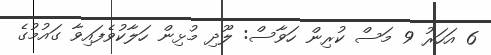
6 އަހަރު 9 މަސް ކުރިން ހަވާސް: ލޫދި މުޅިން ހަލާކުވެފައިވާ ގައުމުގެ